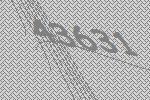
43631